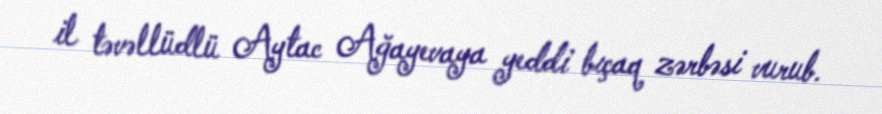
il təvəllüdlü Aytac Ağayevaya yeddi bıçaq zərbəsi vurub.